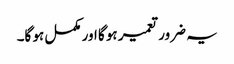
یہ ضرور تعمیر ہو گا اور مکمل ہو گا۔